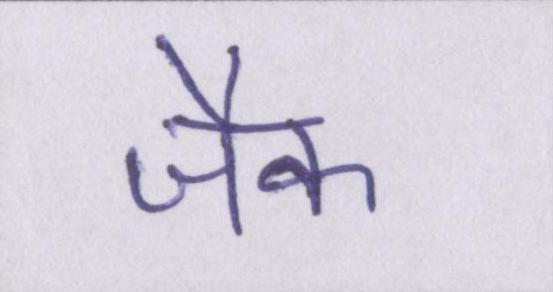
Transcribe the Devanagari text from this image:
जैक